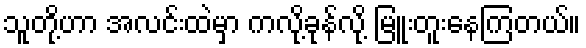
သူတို့ဟာ အလင်းထဲမှာ ကလို့ခုန်လို့ မြူးတူးနေကြတယ်။